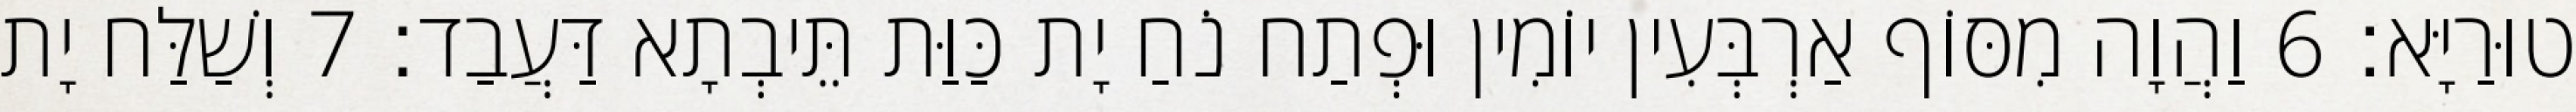
טוּרַיָּא׃ 6 וַהֲוָה מִסּוֹף אַרְבְּעִין יוֹמִין וּפְתַח נֹחַ יָת כַּוַּת תֵּיבְתָא דַּעֲבַד׃ 7 וְשַׁלַּח יָת